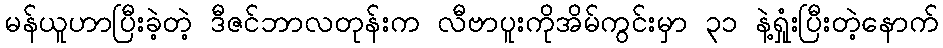
မန်ယူဟာပြီးခဲ့တဲ့ ဒီဇင်ဘာလတုန်းက လီဗာပူးကိုအိမ်ကွင်းမှာ ၃၁ နဲ့ရှုံးပြီးတဲ့နောက်